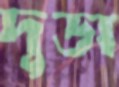
দুডা